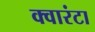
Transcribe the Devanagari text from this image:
क्वारंटा